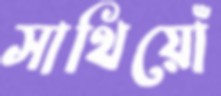
সাথিয়োঁ